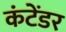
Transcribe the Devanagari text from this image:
कंटेंडर